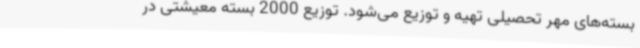
بسته‌های مهر تحصیلی تهیه و توزیع می‌شود. توزیع 2000 بسته معیشتی در